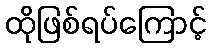
ထိုဖြစ်ရပ်ကြောင့်